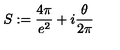
S : = \frac { 4 \pi } { e ^ { 2 } } + i \frac { \theta } { 2 \pi }